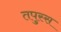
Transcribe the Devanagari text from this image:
तपुस्स